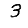
Digit: 3